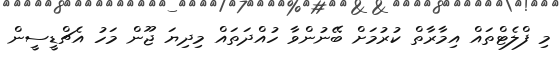
މި ފްލެޓްތައް އިމާރާތް ކުރުމަށް ބޭނުންވާ ހުއްދަތައް މިދިޔަ ޖޫން މަހު އެޗްޑީސީން